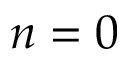
n = 0